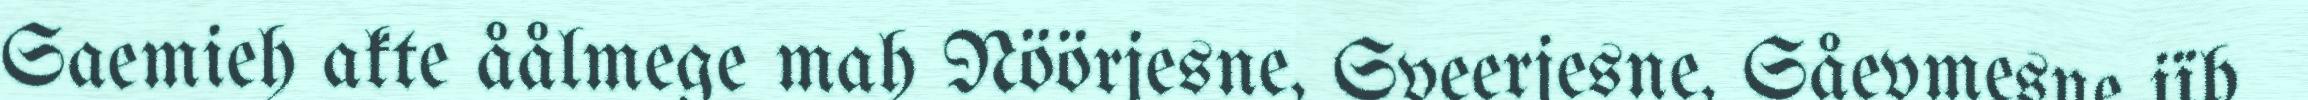
Saemieh akte åålmege mah Nöörjesne, Sveerjesne, Såevmesne jïh